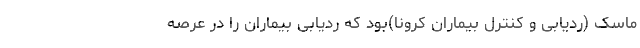
ماسک (ردیابی و کنترل بیماران کرونا)بود که ردیابی بیماران را در عرصه